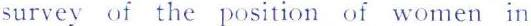
survev of the position of women in